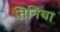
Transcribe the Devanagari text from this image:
तिनिया